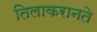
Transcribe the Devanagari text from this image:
तिलाकरानते